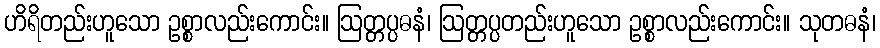
ဟိရိတည်းဟူသော ဥစ္စာလည်းကောင်း။ ဩတ္တပ္ပဓနံ၊ ဩတ္တပ္ပတည်းဟူသော ဥစ္စာလည်းကောင်း။ သုတဓနံ၊